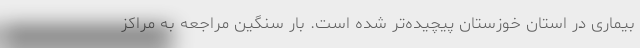
بیماری در استان خوزستان پیچیده‌تر شده است. بار سنگین مراجعه به مراکز